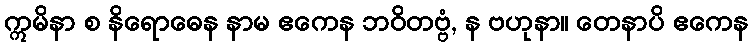
ဣမိနာ စ နိရောဓေန နာမ ဧကေန ဘဝိတဗ္ဗံ, န ဗဟုနာ။ တေနာပိ ဧကေန